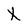
Character: X